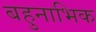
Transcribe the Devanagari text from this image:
बहुनाभिक